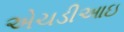
એચડીઆઇ